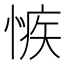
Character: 愱